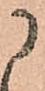
に